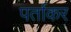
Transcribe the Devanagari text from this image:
पर्ताकर